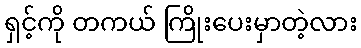
ရှင့်ကို တကယ် ကြိုးပေးမှာတဲ့လား